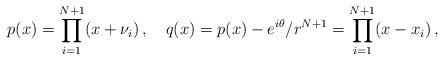
LaTeX: \begin{align*}p(x) = \prod_{i=1}^{N+1} (x+\nu_{i})\, ,\quad q(x) = p(x) - e^{i\theta}/r^{N+1} = \prod_{i=1}^{N+1}(x-x_{i})\, ,\end{align*}